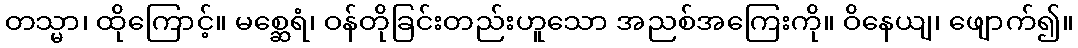
တသ္မာ၊ ထိုကြောင့်။ မစ္ဆေရံ၊ ဝန်တိုခြင်းတည်းဟူသော အညစ်အကြေးကို။ ဝိနေယျ၊ ဖျောက်၍။